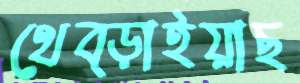
থেব্‌ড়াইয়াছ